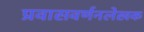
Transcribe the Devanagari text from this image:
प्रवासवर्णनलेखक